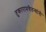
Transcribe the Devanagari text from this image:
तुकारामचैतन्यांनी